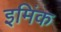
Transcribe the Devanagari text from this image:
इमिंक